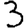
Digit: 3